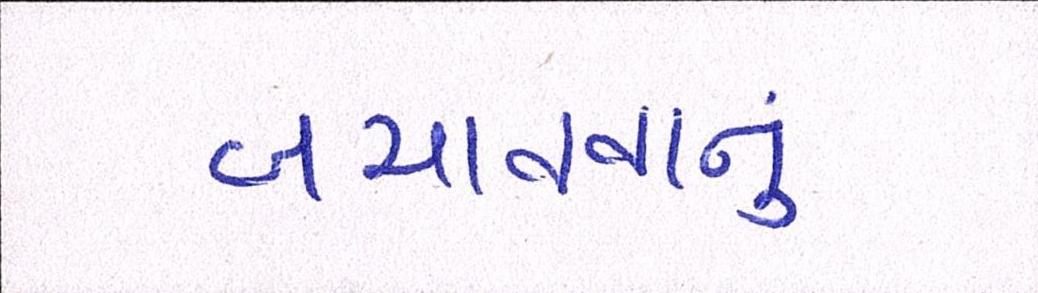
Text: બચાવવાનું